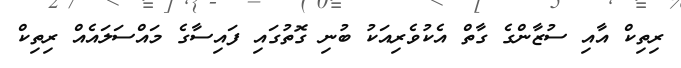
ރިތިކް އާއި ސުޒާންގެ ގާތް އެކުވެރިއަކު ބުނި ގޮތުގައި ފައިސާގެ މައްސަލައެއް ރިތިކް